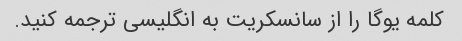
کلمه یوگا را از سانسکریت به انگلیسی ترجمه کنید.